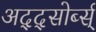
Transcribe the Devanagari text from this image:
अद्द्सोर्ब्स्